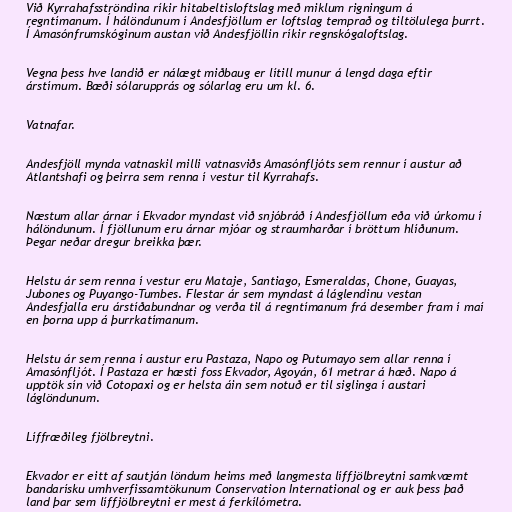
Við Kyrrahafsströndina ríkir hitabeltisloftslag með miklum rigningum á
regntímanum. Í hálöndunum í Andesfjöllum er loftslag temprað og tiltölulega þurrt.
Í Amasónfrumskóginum austan við Andesfjöllin ríkir regnskógaloftslag.

Vegna þess hve landið er nálægt miðbaug er lítill munur á lengd daga eftir
árstímum. Bæði sólarupprás og sólarlag eru um kl. 6.

Vatnafar.

Andesfjöll mynda vatnaskil milli vatnasviðs Amasónfljóts sem rennur í austur að
Atlantshafi og þeirra sem renna í vestur til Kyrrahafs.

Næstum allar árnar í Ekvador myndast við snjóbráð í Andesfjöllum eða við úrkomu í
hálöndunum. Í fjöllunum eru árnar mjóar og straumharðar í bröttum hlíðunum.
Þegar neðar dregur breikka þær.

Helstu ár sem renna í vestur eru Mataje, Santiago, Esmeraldas, Chone, Guayas,
Jubones og Puyango-Tumbes. Flestar ár sem myndast á láglendinu vestan
Andesfjalla eru árstíðabundnar og verða til á regntímanum frá desember fram í maí
en þorna upp á þurrkatímanum.

Helstu ár sem renna í austur eru Pastaza, Napo og Putumayo sem allar renna í
Amasónfljót. Í Pastaza er hæsti foss Ekvador, Agoyán, 61 metrar á hæð. Napo á
upptök sín við Cotopaxi og er helsta áin sem notuð er til siglinga í austari
láglöndunum.

Líffræðileg fjölbreytni.

Ekvador er eitt af sautján löndum heims með langmesta líffjölbreytni samkvæmt
bandarísku umhverfissamtökunum Conservation International og er auk þess það
land þar sem líffjölbreytni er mest á ferkílómetra.